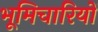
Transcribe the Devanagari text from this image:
भूमिचारियों